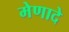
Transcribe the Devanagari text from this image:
मेणादे